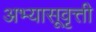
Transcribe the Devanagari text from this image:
अभ्यासूवृत्ती